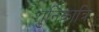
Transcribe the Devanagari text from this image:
शुनिकात्रि